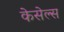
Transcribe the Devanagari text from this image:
केसेल्स